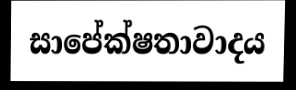
සාපේක්ෂතාවාදය